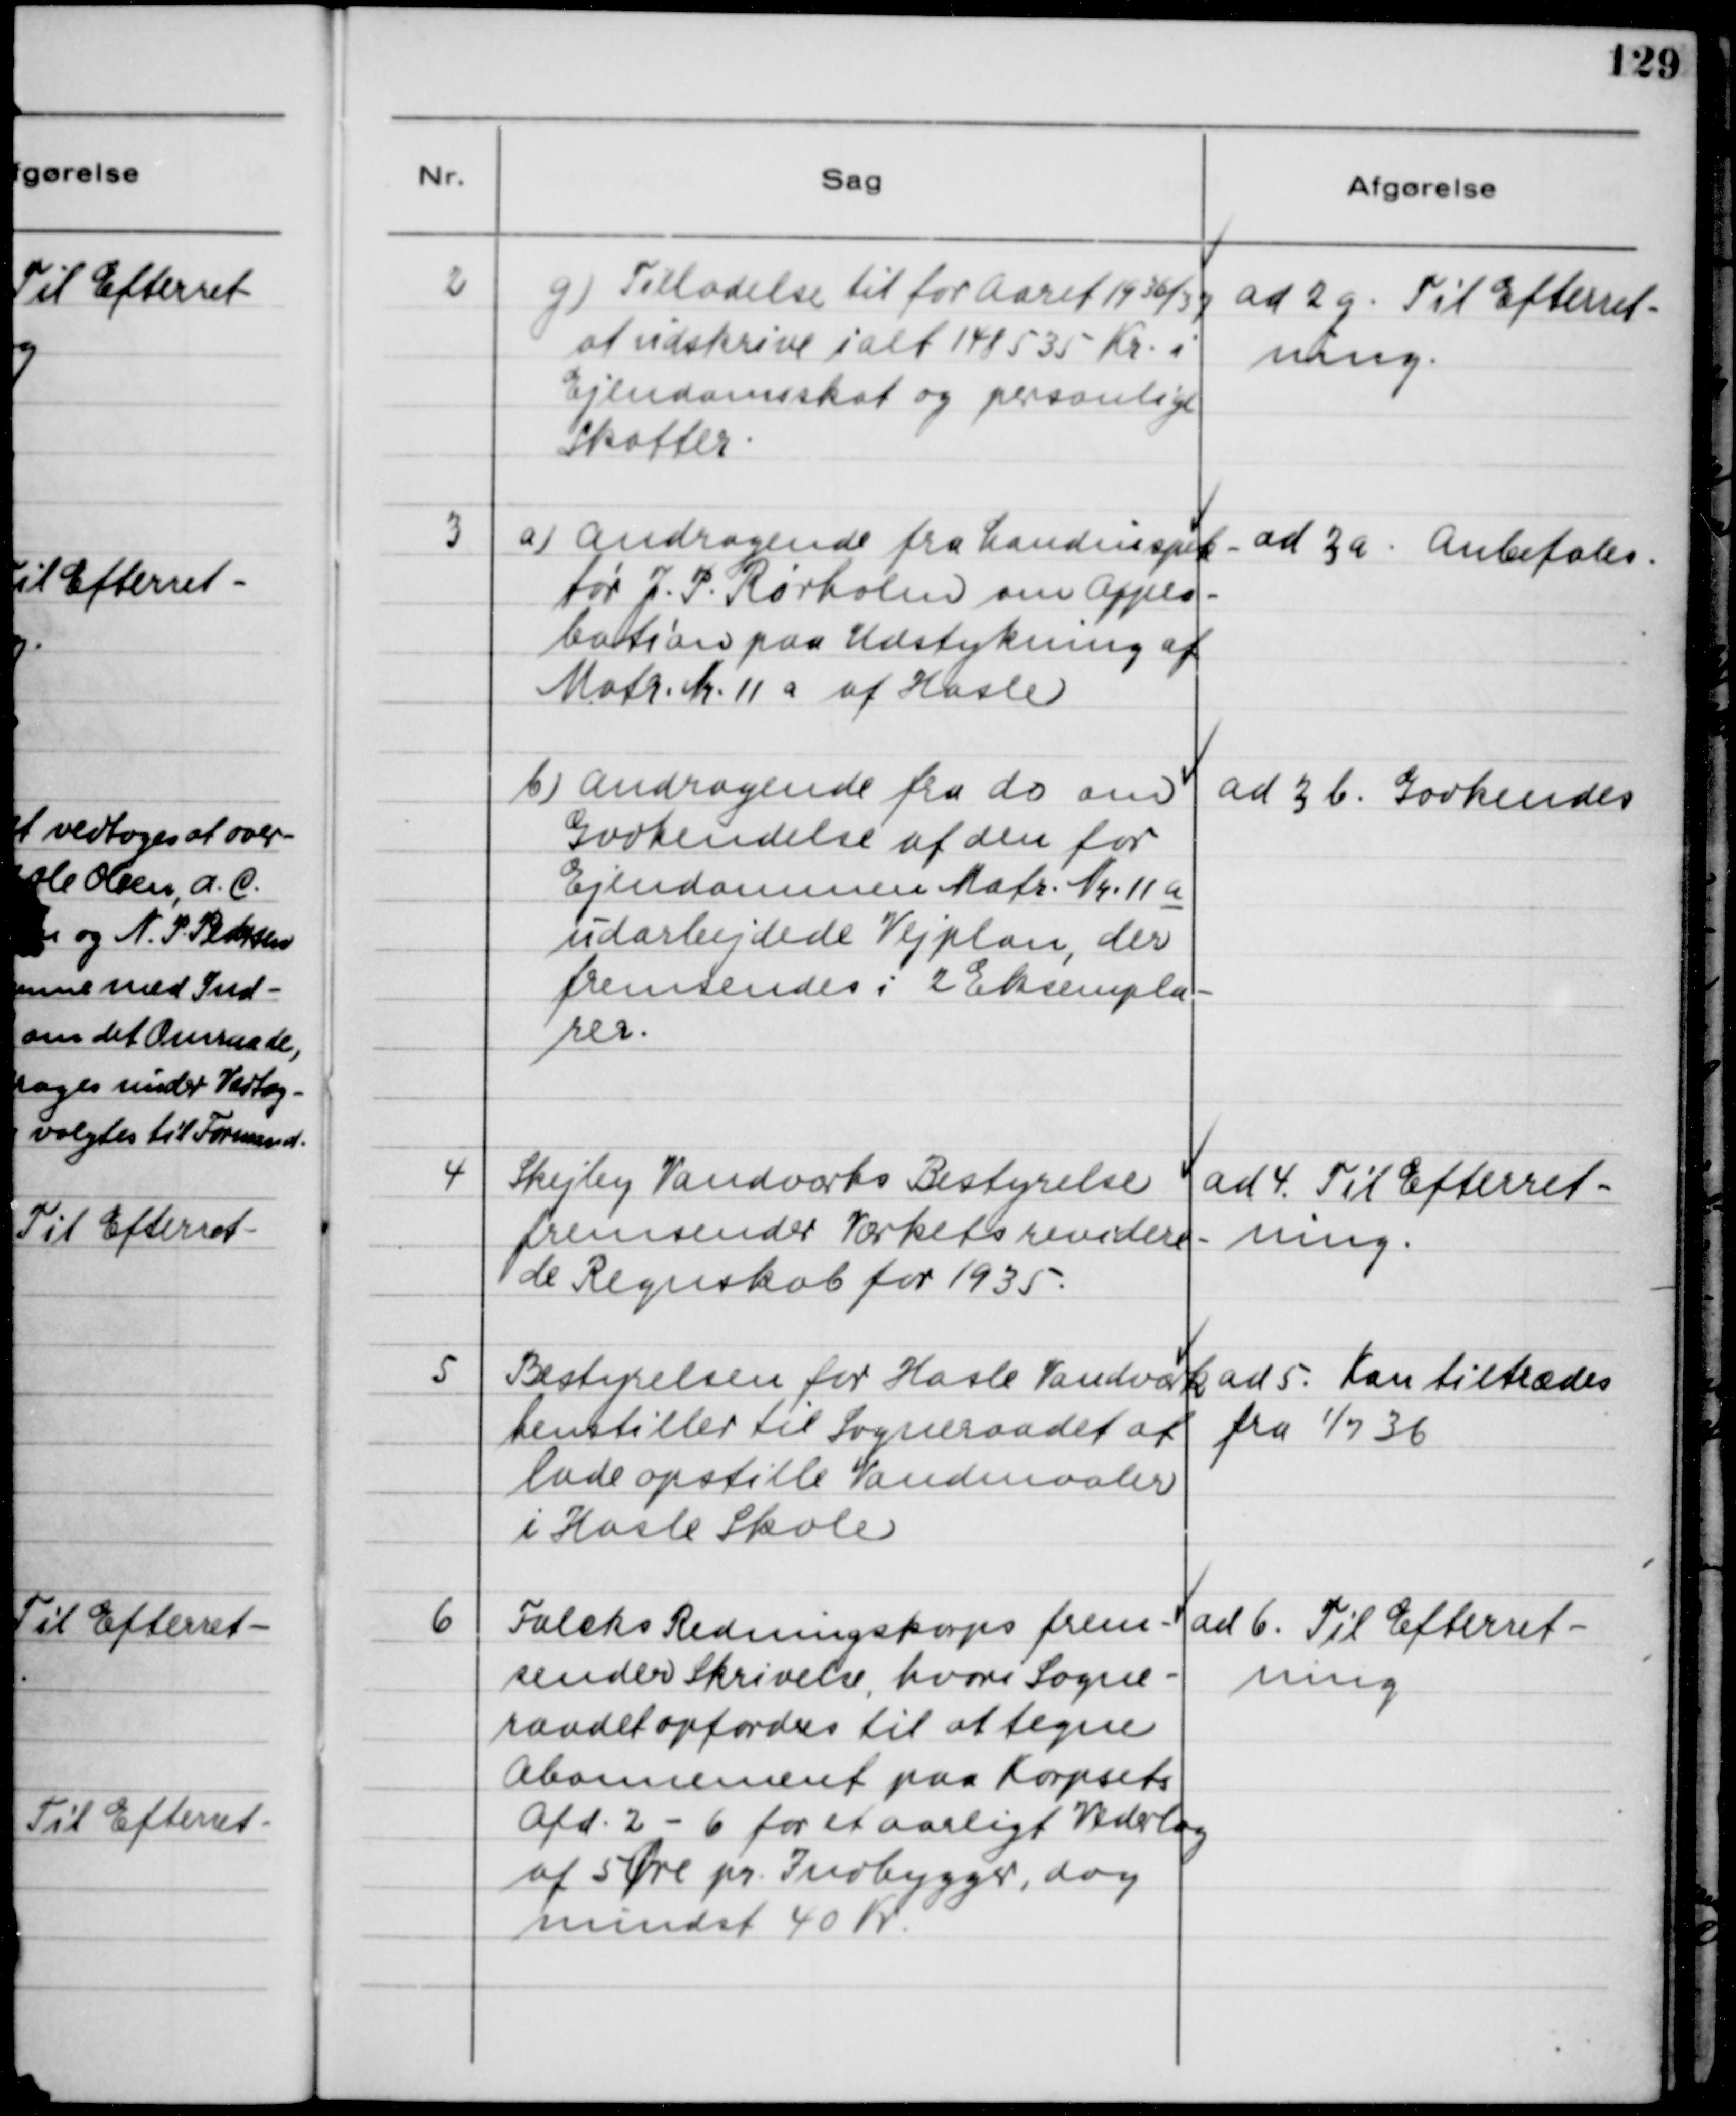
Transskription:
2
g) Tilladelse til for Aaret 1936/37
at udskrive ialt 148535 Kr i
Ejendomsskat og personlige
Skatter.
ad 2g. Til Efterret-
ning.
3
a) Andragende fra Landinspek-
tør J.P. Rørholm om Appro-
bation paa Udstykning af 
Matr. Nr. 11 a af Hasle.
ad 3a. Anbefales.
b) Andragende fra do. om
Godkendelse af den for
Ejendommen Matr. Nr. 11 a
udarbejdede Vejplan, der
fremsendes i 2 Eksempla-
rer.
ad 3 b. Godkendes
4
Skejby Vandværks Bestyrelse
fremsender Værkets revidere-
de Regnskab for 1935.
ad 4. Til Efterret-
ning.
5
Bestyrelsen for Hasle Vandværk
henstiller til Sogneraadet at
lade opstille Vandmaaler
i Hasle Skole
ad 5. Kan tiltrædes
fra 1/7 36
6
Falcks Redningskorps frem-
sender Skrivelse, hvori Sogne-
raadet opfordres til at tegne
Abonnement paa Korpsets
Afd. 2-6 for et aarligt Vederlag
af 5 Øre pr. Indbygger, dog
mindst 40 Kr.
ad 6. Til Efterret-
ning.